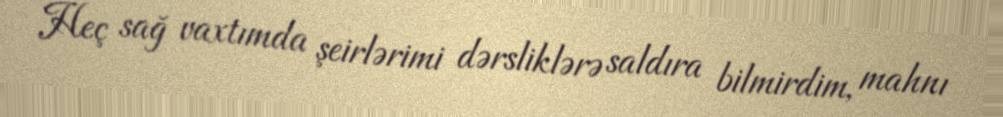
Heç sağ vaxtımda şeirlərimi dərsliklərə saldıra bilmirdim, mahnı